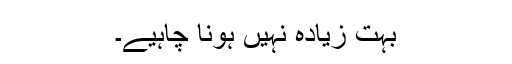
بہت زیادہ نہیں ہونا چاہیے۔